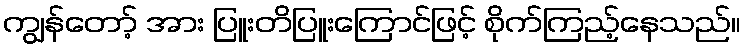
ကျွန်တော့် အား ပြူးတိပြူးကြောင်ဖြင့် စိုက်ကြည့်နေသည်။